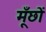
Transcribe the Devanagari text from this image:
मूँछों